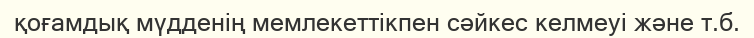
қоғамдық мүдденің мемлекеттікпен сәйкес келмеуі және т.б.